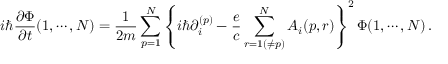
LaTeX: i \hbar { \frac { \partial \Phi } { \partial t } } ( 1 , \cdots , N ) = { \frac { 1 } { 2 m } } \sum _ { p = 1 } ^ { N } \left\{ i \hbar \partial _ { i } ^ { ( p ) } - { \frac { e } { c } } \sum _ { r = 1 ( \ne p ) } ^ { N } { \cal A } _ { i } ( p , r ) \right\} ^ { 2 } \Phi ( 1 , \cdots , N ) \, .